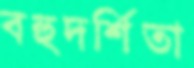
বহুদর্শিতা